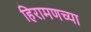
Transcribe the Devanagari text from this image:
हिरामणच्या